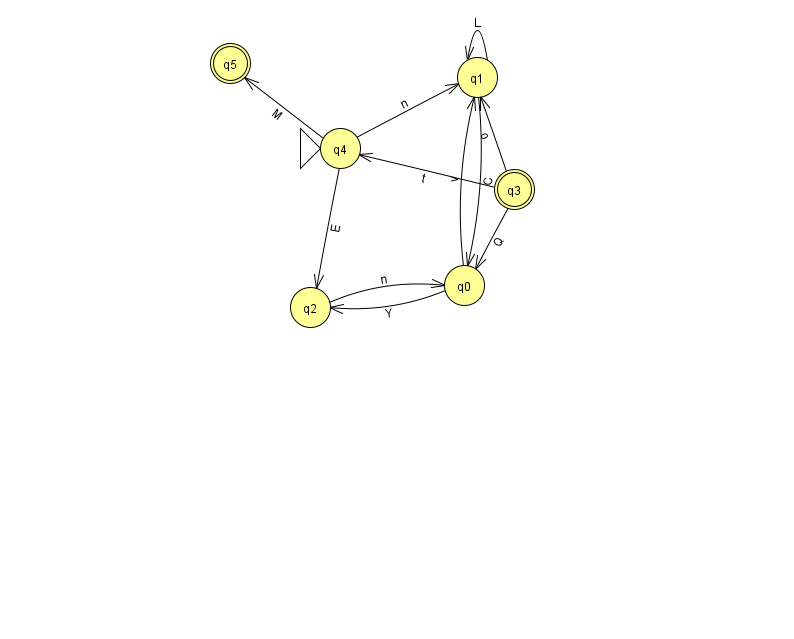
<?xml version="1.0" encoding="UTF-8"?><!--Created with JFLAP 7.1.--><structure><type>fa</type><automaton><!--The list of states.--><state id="0" name="q0"><x>464.0</x><y>272.0</y></state><state id="1" name="q1"><x>477.0</x><y>64.0</y></state><state id="2" name="q2"><x>310.0</x><y>294.0</y></state><state id="3" name="q3"><x>514.0</x><y>176.0</y><final/></state><state id="4" name="q4"><x>340.0</x><y>135.0</y><initial/></state><state id="5" name="q5"><x>230.0</x><y>50.0</y><final/></state><!--The list of transitions.--><transition><from>1</from><to>0</to><read>C</read></transition><transition><from>3</from><to>0</to><read>Q</read></transition><transition><from>4</from><to>5</to><read>M</read></transition><transition><from>4</from><to>1</to><read>n</read></transition><transition><from>0</from><to>1</to><read>v</read></transition><transition><from>0</from><to>2</to><read>Y</read></transition><transition><from>1</from><to>1</to><read>L</read></transition><transition><from>2</from><to>0</to><read>n</read></transition><transition><from>3</from><to>1</to><read>o</read></transition><transition><from>3</from><to>4</to><read>t</read></transition><transition><from>4</from><to>2</to><read>E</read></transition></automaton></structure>